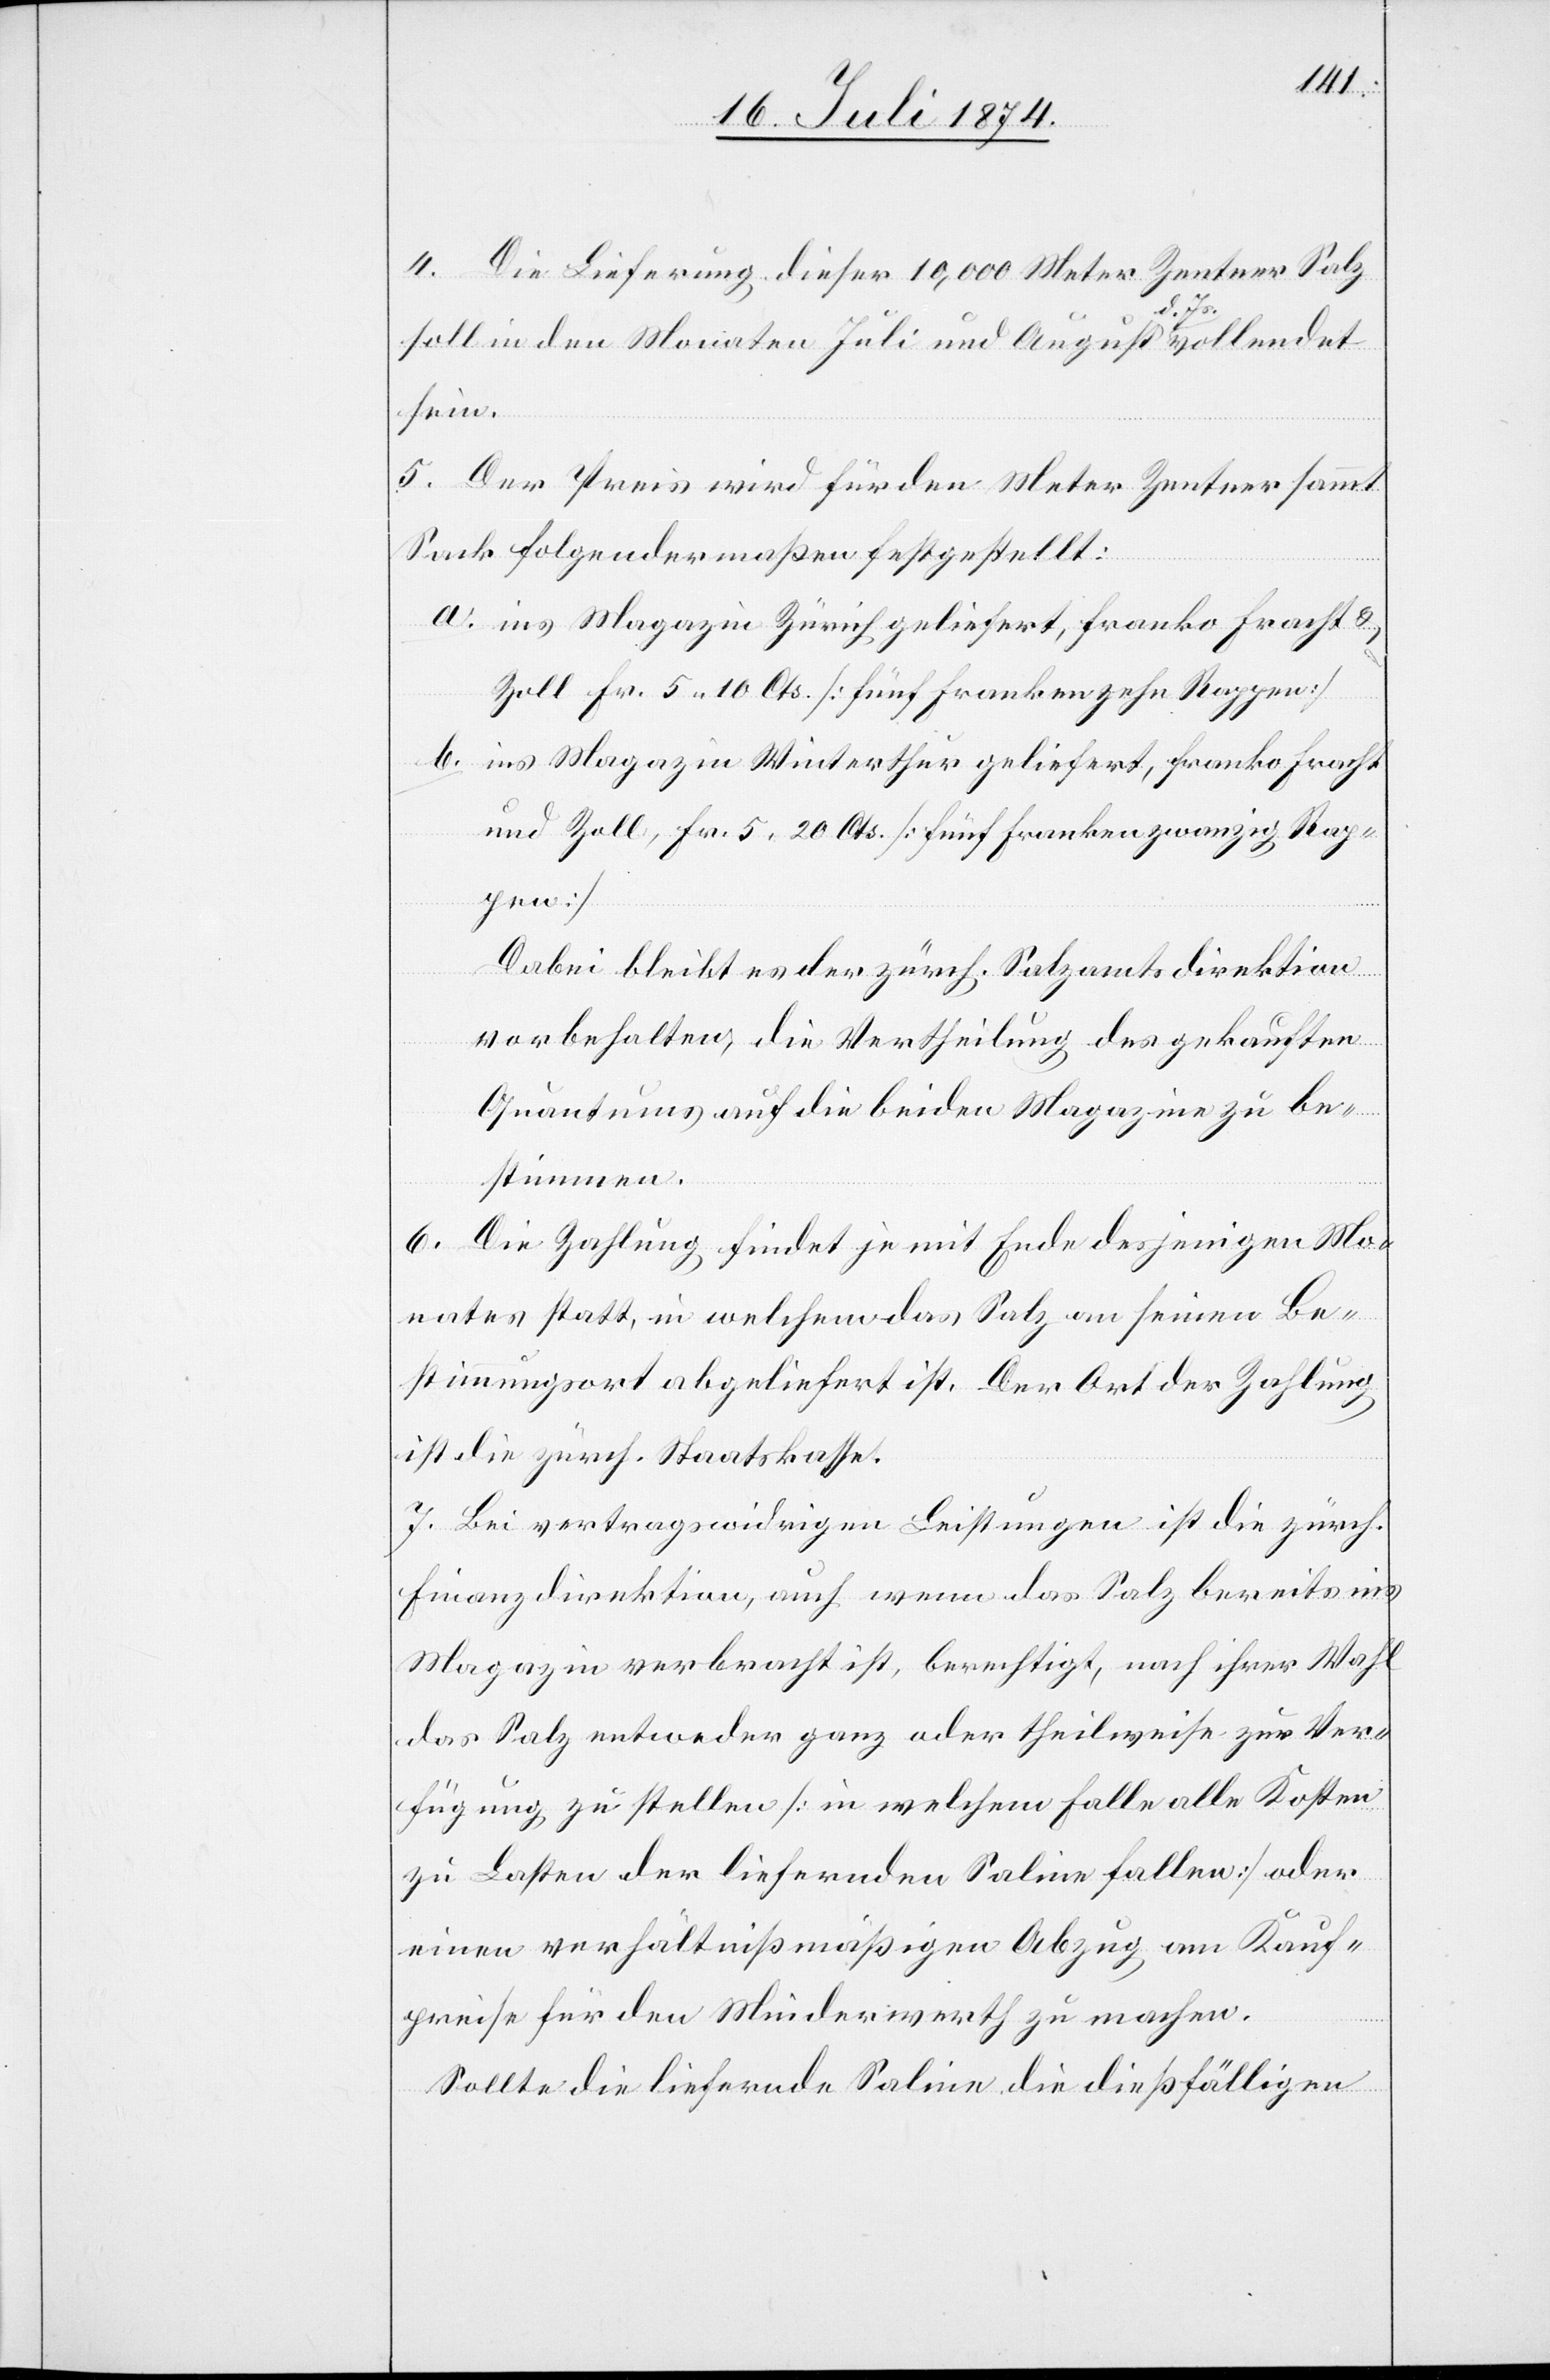
4. Die Lieferung dieser 10,000 Meter Zentner Salz
soll in den Monaten Juli und August d. Js. vollendet
sein.
5. Der Preis wird für den Meter Zentner sammt
Sack folgendermaßen festgestellt:
a. ins Magazin Zürich geliefert, franko Fracht
u. Zoll Fr. 5.20 Cts. [fünf Franken zwanzig Rap¬
pen]
Dabei bleibt es der zürch. Salzamtsdirektion
vorbehalten, die Vertheilung des gekauften
Quantums auf die beiden Magazine zu be¬
stimmen.
6. Die Zahlung findet je mit Ende desjenigen Mo¬
nates statt, in welchem das Salz an seinen Be¬
stimmungsort abgeliefert ist. Der Ort der Zahlung
ist die zürch. Staatskasse.
7. Bei vertragswidrigen Leistungen ist die zürch.
Finanzdirektion, auch wenn das Salz bereits ins
Magazin verbracht ist, berechtigt, nach ihrer Wahl
das Salz entweder ganz oder theilweise zur Ver¬
fügung zu stellen [in welchem Falle alle Kosten
zu Lasten der liefernden Saline fallen] oder
einen verhältnißmäßigen Abzug am Kauf¬
preise für den Minderwerth zu machen.
Sollte die liefernde Saline die dießfälligen